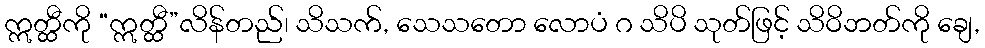
ဣတ္ထီကို “ဣတ္ထီ”လိန်တည်၊ သိသက်, သေသတော လောပံ ဂ သိပိ သုတ်ဖြင့် သိဝိဘတ်ကို ချေ,